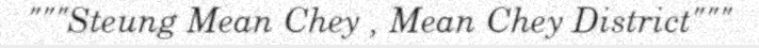
"""Steung Mean Chey , Mean Chey District"""